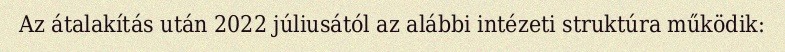
Az átalakítás után 2022 júliusától az alábbi intézeti struktúra működik: